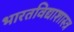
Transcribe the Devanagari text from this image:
भारतविद्याशास्त्र